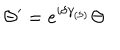
LaTeX: \Theta ^ { \prime } = e ^ { i \delta \gamma _ { ( 5 ) } } \Theta